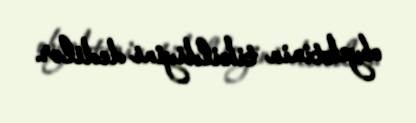
obyektinin tikildiyini dedilər.